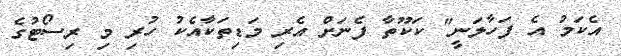
އެކަމު އެ ފަހާލަނީ" ކަކޫތާ ފެނަށް އެރި މަޑިތަކާއެކު ހުރި މި ރިސޯޓުގެ